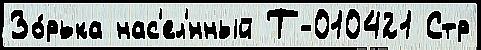
Зо́рька нас'ел'́нный Т-010421 Стр